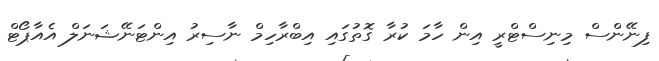
ފިނޭންސް މިނިސްޓްރީ އިން ހާމަ ކުރާ ގޮތުގައި އިބްރާހިމް ނާސިރު އިންޓަނޭޝަނަލް އެއާޕޯޓް